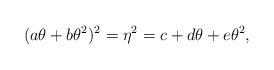
LaTeX: \begin{align*} (a\theta + b\theta^2)^2 = \eta^2 = c + d\theta + e\theta^2, \end{align*}